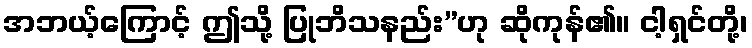
အဘယ့်ကြောင့် ဤသို့ ပြုဘိသနည်း”ဟု ဆိုကုန်၏။ ငါ့ရှင်တို့၊